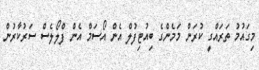
މިގައުމު ތަރައްގީ ކުރަން މަމެންގެ ބިއުޓިފުލް އެން އޯސަމް އެން ފްލޯލެސް ސަރުކާރުން